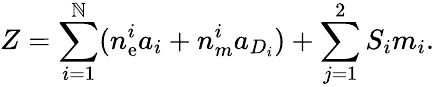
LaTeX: Z=\sum_{i=1}^{\mathbb{N}}(n_{\mathrm{e}}^{i}a_{i}+n_{m}^{i}a_{D_{i}})+\sum_{j=1}^{2}S_{i}m_{i}.